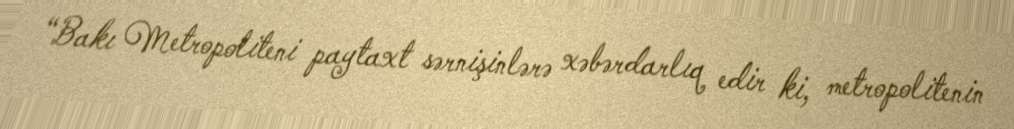
“Bakı Metropoliteni paytaxt sərnişinlərə xəbərdarlıq edir ki, metropolitenin